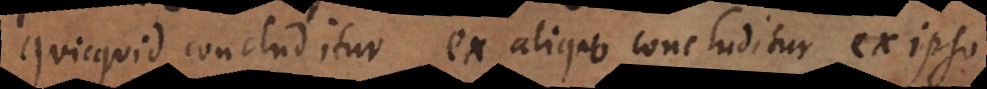
quicquid concluditur ex aliquo concluditur ex ipso